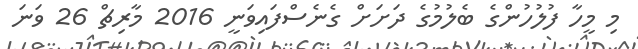
މި މީހާ ފުލުހުންގެ ބެލުމުގެ ދަށަށް ގެނެސްފައިވަނީ 2016 މާރިޗް 26 ވަނަ